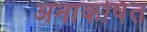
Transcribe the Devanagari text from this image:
अनाकर्षित